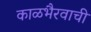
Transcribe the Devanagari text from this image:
काळभैरवाची